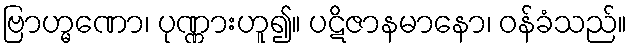
ဗြာဟ္မဏော၊ ပုဏ္ဏားဟူ၍။ ပဋိဇာနမာနော၊ ဝန်ခံသည်။